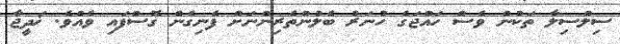
ސިލްސިލާ ތަކުން ވެސް ހައްޖަގެ ހުނަރު ބެލުންތެރިންނަށް ފެނިގެން ގޮސްފައި ވެއެވެ. ޚަދީޖާ